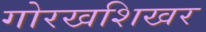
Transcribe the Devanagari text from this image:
गोरखशिखर